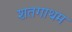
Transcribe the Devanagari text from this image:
शतगाथम